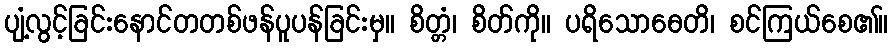
ပျံ့လွင့်ခြင်းနောင်တတစ်ဖန်ပူပန်ခြင်းမှ။ စိတ္တံ၊ စိတ်ကို။ ပရိသောဓေတိ၊ စင်ကြယ်စေ၏။